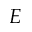
E